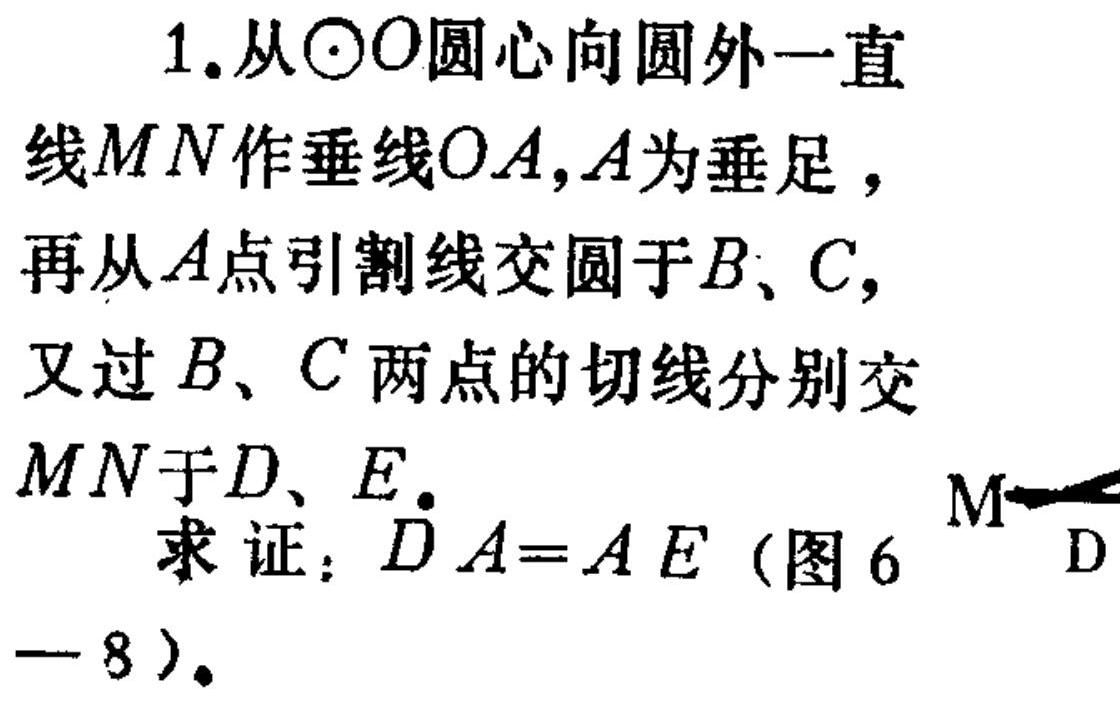
1. 从\(\odot O\)圆心向圆外一直
线\(MN\)作垂线\(OA\)，\(A\)为垂足，
再从\(A\)点引割线交圆于\(B、C\)，
又过\(B、C\)两点的切线分别交
\(MN\)于\(D、E\).
求证：\(DA = AE\)（图6
—8）.